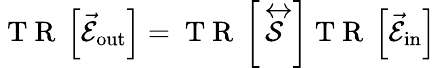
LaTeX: \mathrm{~T~R~}\left\lbrack\vec{\mathcal{E}}_{\mathrm{{out}}}\right\rbrack=\mathrm{~T~R~}\left\lbrack\stackrel{\leftrightarrow}{\mathcal{S}}\right\rbrack\mathrm{~T~R~}\left\lbrack\vec{\mathcal{E}}_{\mathrm{{in}}}\right\rbrack